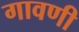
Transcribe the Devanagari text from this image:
गावणी